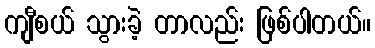
ကျီစယ် သွားခဲ့ တာလည်း ဖြစ်ပါတယ်။